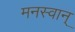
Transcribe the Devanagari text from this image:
मनस्वान्